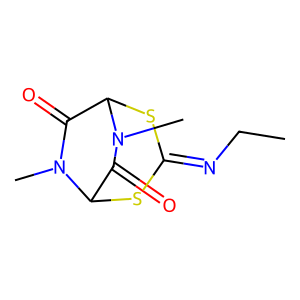
SMILES: CCN=C1SC2C(=O)N(C)C(S1)C(=O)N2C
Inhibits HIV replication: No